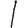
Digit: 1